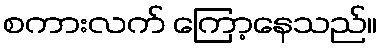
စကားလက် ကြော့နေသည်။